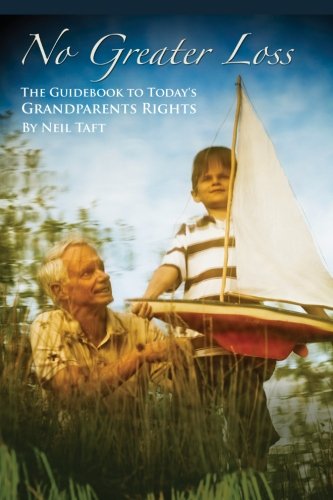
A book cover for No Greater Loss: The Guidebook to Today's Grandparents Rights; Neil Taft; Law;